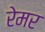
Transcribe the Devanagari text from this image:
रेमर